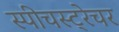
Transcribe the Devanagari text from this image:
स्पीचस्ट्रेचर